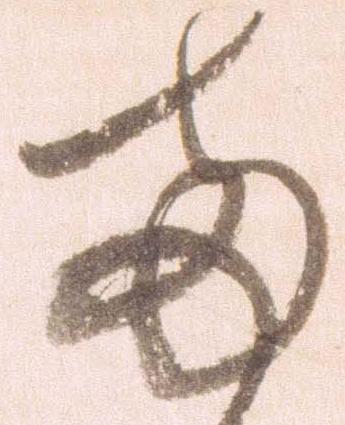
両